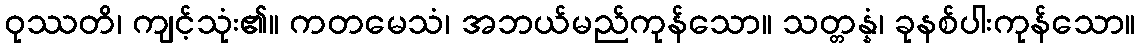
ဝုဿတိ၊ ကျင့်သုံး၏။ ကတမေသံ၊ အဘယ်မည်ကုန်သော။ သတ္တန္နံ၊ ခုနစ်ပါးကုန်သော။